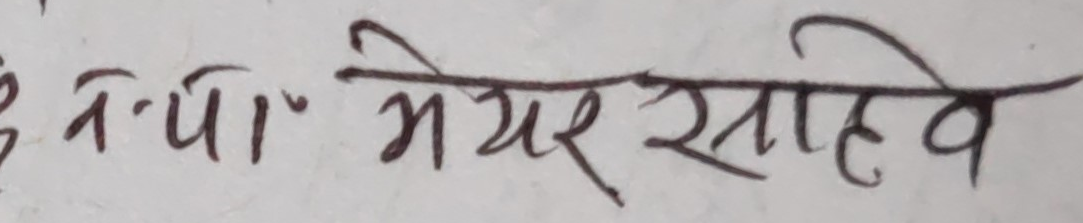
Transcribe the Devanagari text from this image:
तो प्रां मेयर साहेब